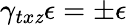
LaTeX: \gamma_{tx\mathit{z}}\epsilon=\pm\epsilon